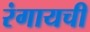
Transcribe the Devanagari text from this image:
रंगायची